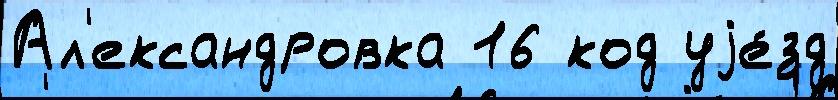
Ал'ександровка 16 код уjе́зд